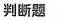
判断题